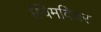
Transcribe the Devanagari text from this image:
स्विमवियर